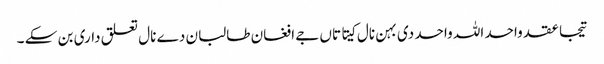
تیجا عقد واحد اللہ واحد دی بہن نال کیتا تاں جے افغان طالبان دے نال تعلق داری بن سکے ۔